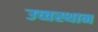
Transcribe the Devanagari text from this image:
उच्चस्थान